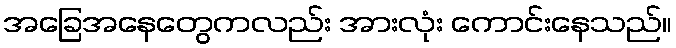
အခြေအနေတွေကလည်း အားလုံး ကောင်းနေသည်။